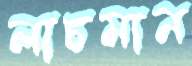
লাচমান